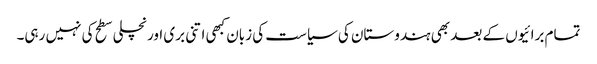
تمام برائیوں کے بعد بھی ہندوستان کی سیاست کی زبان کبھی اتنی بری اور نچلی سطح کی نہیں رہی۔